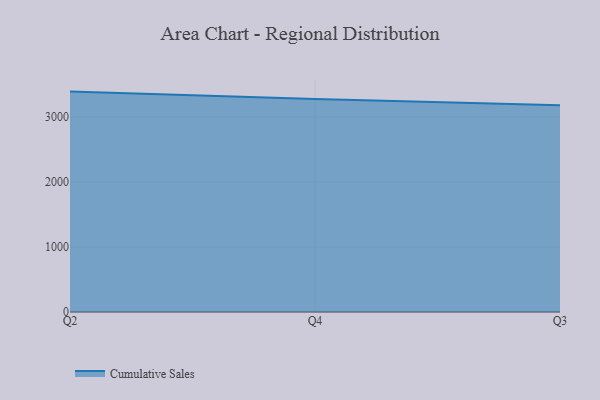
{"axis": {"x": "Quarter", "y": "Customer Acquisition Cost (USD)"}, "legend": ["Cumulative Sales"], "data": [{"x": "Q2", "y": 3392.2, "type": "Cumulative Sales"}, {"x": "Q4", "y": 3280.2, "type": "Cumulative Sales"}, {"x": "Q3", "y": 3183.8, "type": "Cumulative Sales"}]}